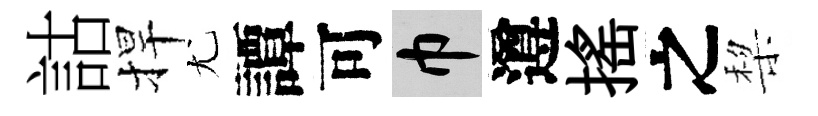
詁捍尤譚可巾遵摇之棃